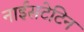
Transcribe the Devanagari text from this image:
नाईसटेटिन